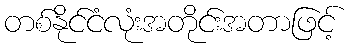
တစ်နိုင်ငံလုံးအတိုင်းအတာဖြင့်